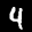
Label: 4